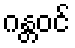
ဂန္တဝင်